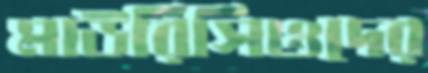
মাউরিসিওদের